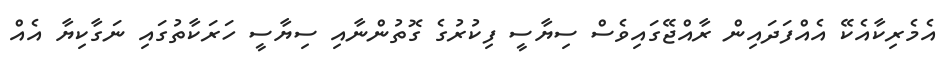
އެމެރިކާއެކޭ އެއްފަދައިން ރާއްޖޭގައިވެސް ސިޔާސީ ފިކުރުގެ ގޮތުންނާއި ސިޔާސީ ހަރަކާތުގައި ނަގާކިޔާ އެއް